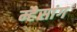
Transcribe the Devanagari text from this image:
म्हैसांग